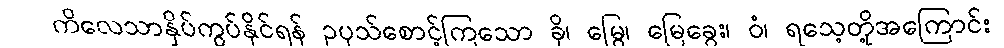
ကိလေသာနှိပ်ကွပ်နိုင်ရန် ဥပုသ်စောင့်ကြသော ခို၊ မြွေ၊ မြေခွေး၊ ဝံ၊ ရသေ့တို့အကြောင်း